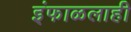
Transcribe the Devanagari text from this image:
इंफाळलाही